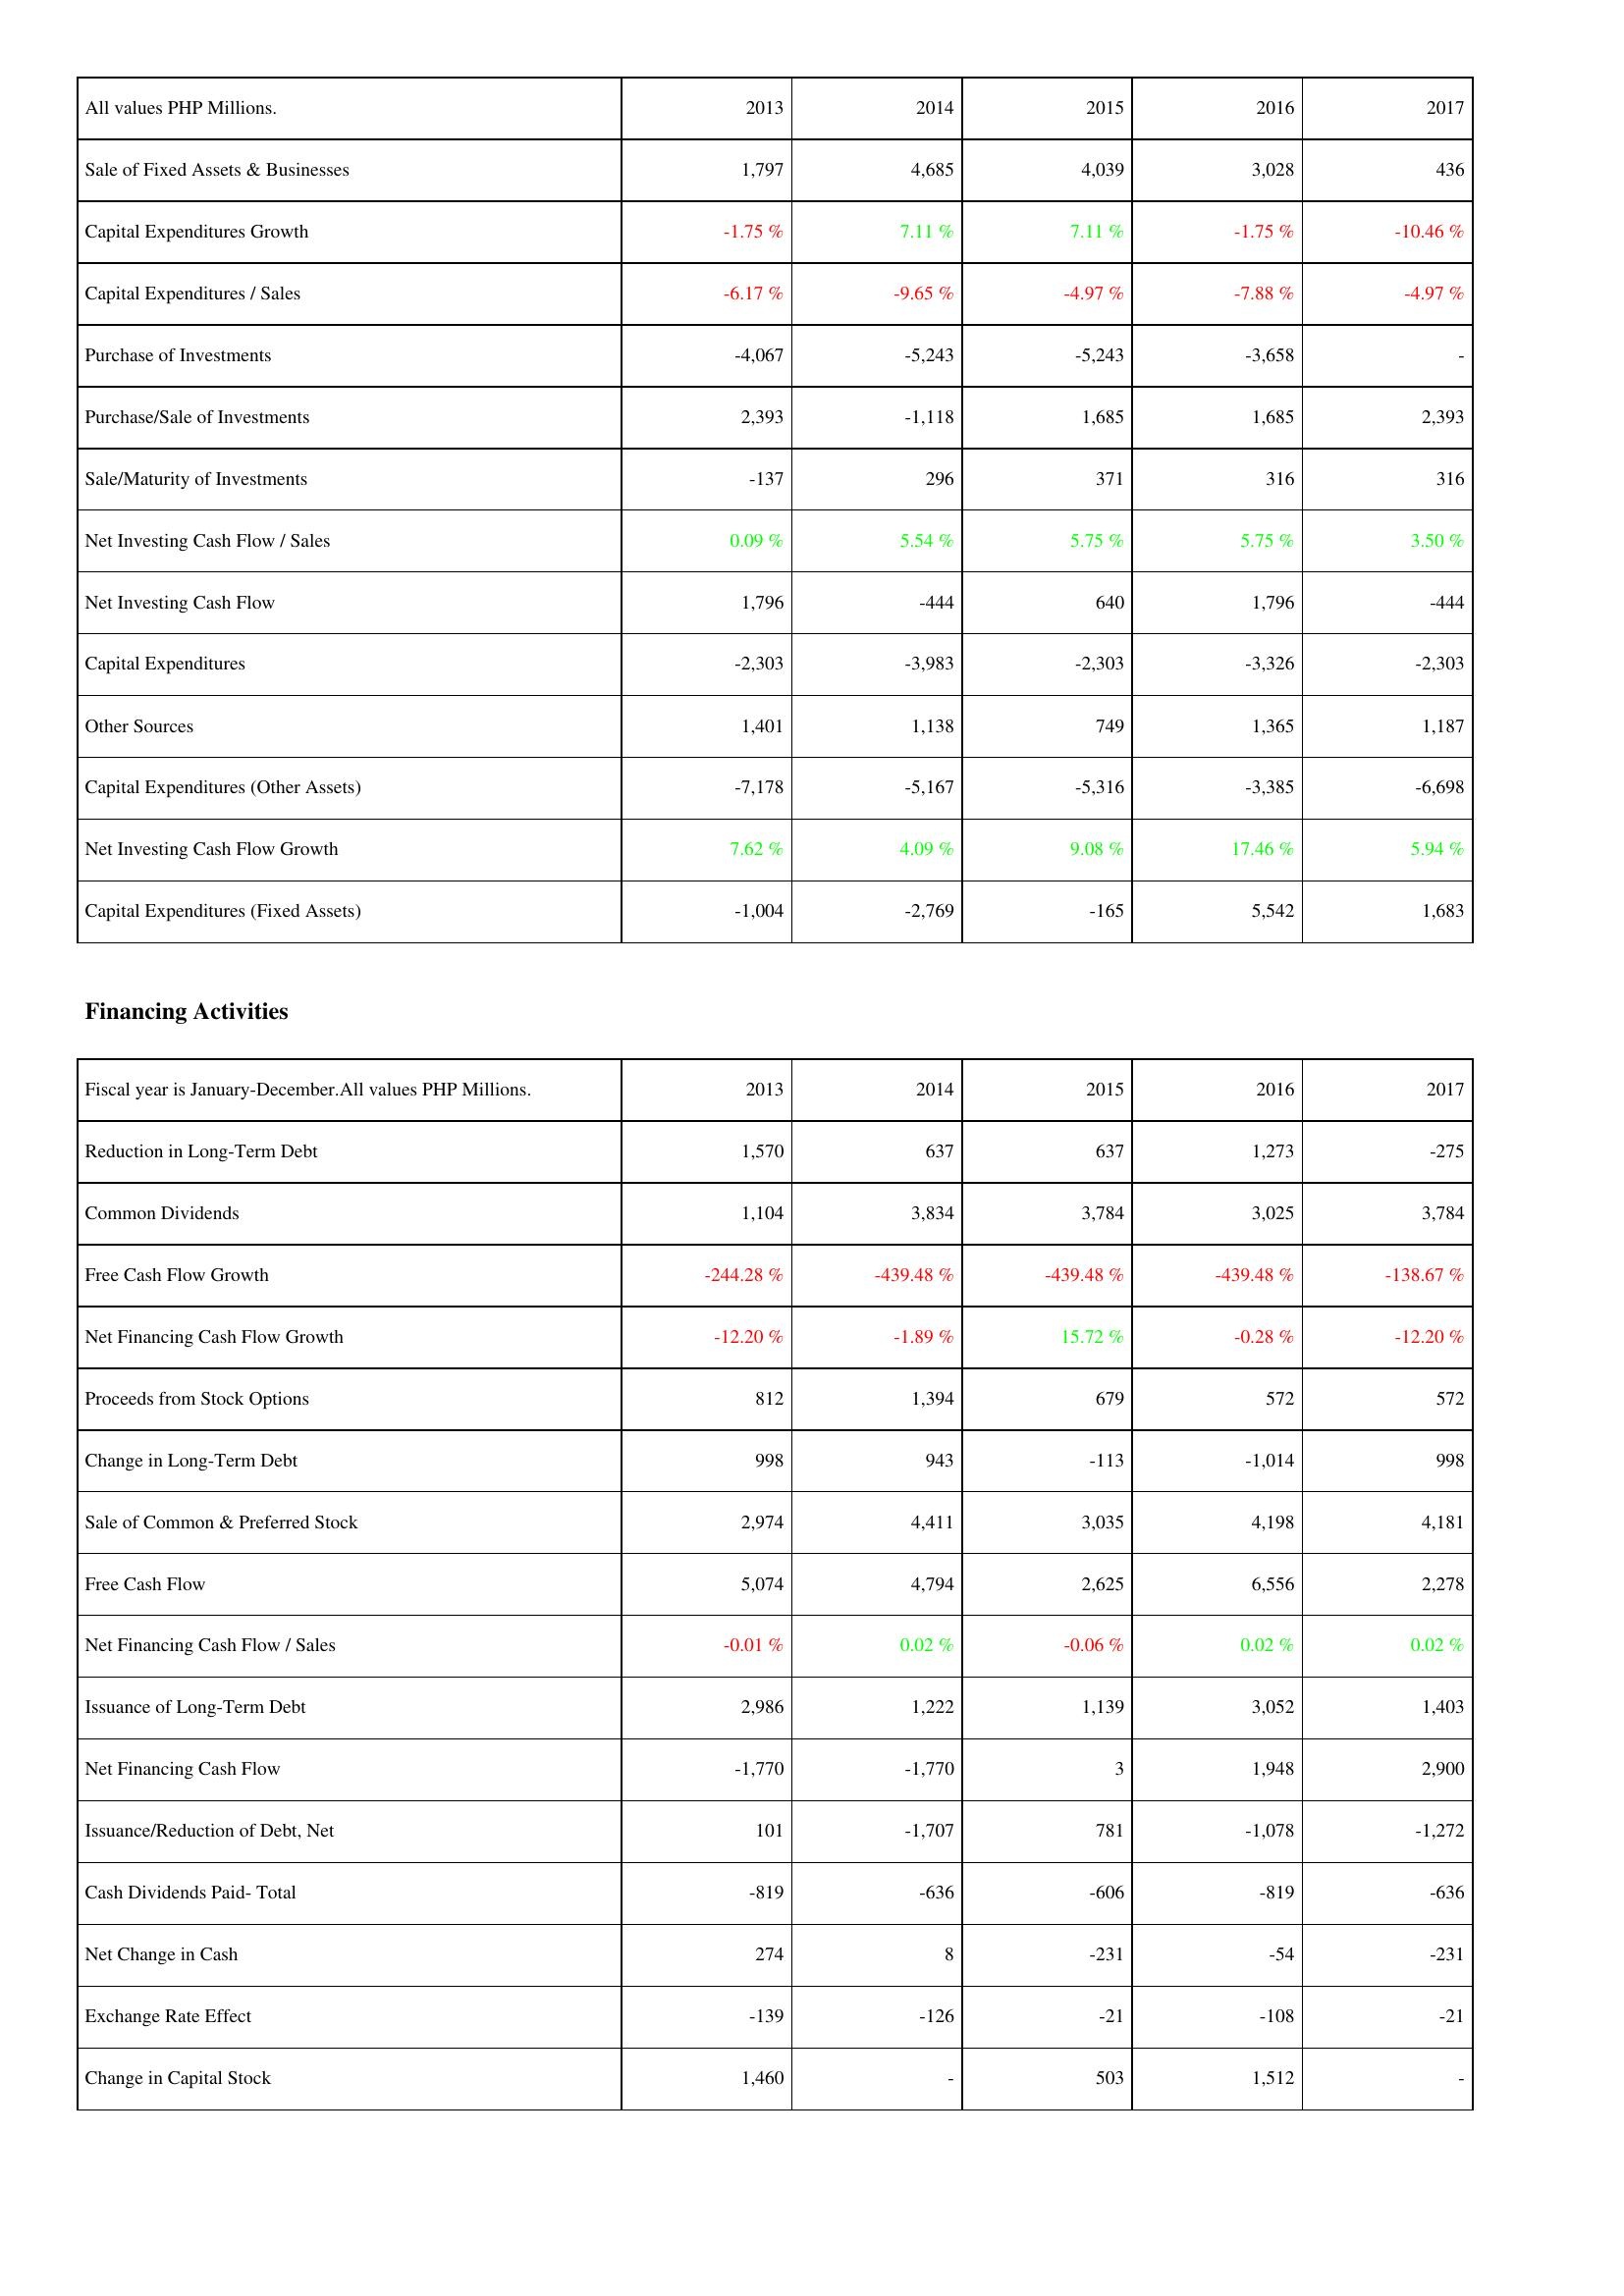
2013: Investing Activities: Sale of Fixed Assets & Businesses: 1,797
Capital Expenditures Growth: -1.75 %
Capital Expenditures / Sales: -6.17 %
Purchase of Investments: -4,067
Purchase/Sale of Investments: 2,393
Sale/Maturity of Investments: -137
Net Investing Cash Flow / Sales: 0.09 %
Net Investing Cash Flow: 1,796
Capital Expenditures: -2,303
Other Sources: 1,401
Capital Expenditures (Other Assets): -7,178
Net Investing Cash Flow Growth: 7.62 %
Capital Expenditures (Fixed Assets): -1,004
Financing Activities: Reduction in Long-Term Debt: 1,570
Common Dividends: 1,104
Free Cash Flow Growth: -244.28 %
Net Financing Cash Flow Growth: -12.20 %
Proceeds from Stock Options: 812
Change in Long-Term Debt: 998
Sale of Common & Preferred Stock: 2,974
Free Cash Flow: 5,074
Net Financing Cash Flow / Sales: -0.01 %
Issuance of Long-Term Debt: 2,986
Net Financing Cash Flow: -1,770
Issuance/Reduction of Debt, Net: 101
Cash Dividends Paid- Total: -819
Net Change in Cash: 274
Exchange Rate Effect: -139
Change in Capital Stock: 1,460
2014: Investing Activities: Sale of Fixed Assets & Businesses: 4,685
Capital Expenditures Growth: 7.11 %
Capital Expenditures / Sales: -9.65 %
Purchase of Investments: -5,243
Purchase/Sale of Investments: -1,118
Sale/Maturity of Investments: 296
Net Investing Cash Flow / Sales: 5.54 %
Net Investing Cash Flow: -444
Capital Expenditures: -3,983
Other Sources: 1,138
Capital Expenditures (Other Assets): -5,167
Net Investing Cash Flow Growth: 4.09 %
Capital Expenditures (Fixed Assets): -2,769
Financing Activities: Reduction in Long-Term Debt: 637
Common Dividends: 3,834
Free Cash Flow Growth: -439.48 %
Net Financing Cash Flow Growth: -1.89 %
Proceeds from Stock Options: 1,394
Change in Long-Term Debt: 943
Sale of Common & Preferred Stock: 4,411
Free Cash Flow: 4,794
Net Financing Cash Flow / Sales: 0.02 %
Issuance of Long-Term Debt: 1,222
Net Financing Cash Flow: -1,770
Issuance/Reduction of Debt, Net: -1,707
Cash Dividends Paid- Total: -636
Net Change in Cash: 8
Exchange Rate Effect: -126
Change in Capital Stock: -
2015: Investing Activities: Sale of Fixed Assets & Businesses: 4,039
Capital Expenditures Growth: 7.11 %
Capital Expenditures / Sales: -4.97 %
Purchase of Investments: -5,243
Purchase/Sale of Investments: 1,685
Sale/Maturity of Investments: 371
Net Investing Cash Flow / Sales: 5.75 %
Net Investing Cash Flow: 640
Capital Expenditures: -2,303
Other Sources: 749
Capital Expenditures (Other Assets): -5,316
Net Investing Cash Flow Growth: 9.08 %
Capital Expenditures (Fixed Assets): -165
Financing Activities: Reduction in Long-Term Debt: 637
Common Dividends: 3,784
Free Cash Flow Growth: -439.48 %
Net Financing Cash Flow Growth: 15.72 %
Proceeds from Stock Options: 679
Change in Long-Term Debt: -113
Sale of Common & Preferred Stock: 3,035
Free Cash Flow: 2,625
Net Financing Cash Flow / Sales: -0.06 %
Issuance of Long-Term Debt: 1,139
Net Financing Cash Flow: 3
Issuance/Reduction of Debt, Net: 781
Cash Dividends Paid- Total: -606
Net Change in Cash: -231
Exchange Rate Effect: -21
Change in Capital Stock: 503
2016: Investing Activities: Sale of Fixed Assets & Businesses: 3,028
Capital Expenditures Growth: -1.75 %
Capital Expenditures / Sales: -7.88 %
Purchase of Investments: -3,658
Purchase/Sale of Investments: 1,685
Sale/Maturity of Investments: 316
Net Investing Cash Flow / Sales: 5.75 %
Net Investing Cash Flow: 1,796
Capital Expenditures: -3,326
Other Sources: 1,365
Capital Expenditures (Other Assets): -3,385
Net Investing Cash Flow Growth: 17.46 %
Capital Expenditures (Fixed Assets): 5,542
Financing Activities: Reduction in Long-Term Debt: 1,273
Common Dividends: 3,025
Free Cash Flow Growth: -439.48 %
Net Financing Cash Flow Growth: -0.28 %
Proceeds from Stock Options: 572
Change in Long-Term Debt: -1,014
Sale of Common & Preferred Stock: 4,198
Free Cash Flow: 6,556
Net Financing Cash Flow / Sales: 0.02 %
Issuance of Long-Term Debt: 3,052
Net Financing Cash Flow: 1,948
Issuance/Reduction of Debt, Net: -1,078
Cash Dividends Paid- Total: -819
Net Change in Cash: -54
Exchange Rate Effect: -108
Change in Capital Stock: 1,512
2017: Investing Activities: Sale of Fixed Assets & Businesses: 436
Capital Expenditures Growth: -10.46 %
Capital Expenditures / Sales: -4.97 %
Purchase of Investments: -
Purchase/Sale of Investments: 2,393
Sale/Maturity of Investments: 316
Net Investing Cash Flow / Sales: 3.50 %
Net Investing Cash Flow: -444
Capital Expenditures: -2,303
Other Sources: 1,187
Capital Expenditures (Other Assets): -6,698
Net Investing Cash Flow Growth: 5.94 %
Capital Expenditures (Fixed Assets): 1,683
Financing Activities: Reduction in Long-Term Debt: -275
Common Dividends: 3,784
Free Cash Flow Growth: -138.67 %
Net Financing Cash Flow Growth: -12.20 %
Proceeds from Stock Options: 572
Change in Long-Term Debt: 998
Sale of Common & Preferred Stock: 4,181
Free Cash Flow: 2,278
Net Financing Cash Flow / Sales: 0.02 %
Issuance of Long-Term Debt: 1,403
Net Financing Cash Flow: 2,900
Issuance/Reduction of Debt, Net: -1,272
Cash Dividends Paid- Total: -636
Net Change in Cash: -231
Exchange Rate Effect: -21
Change in Capital Stock: -